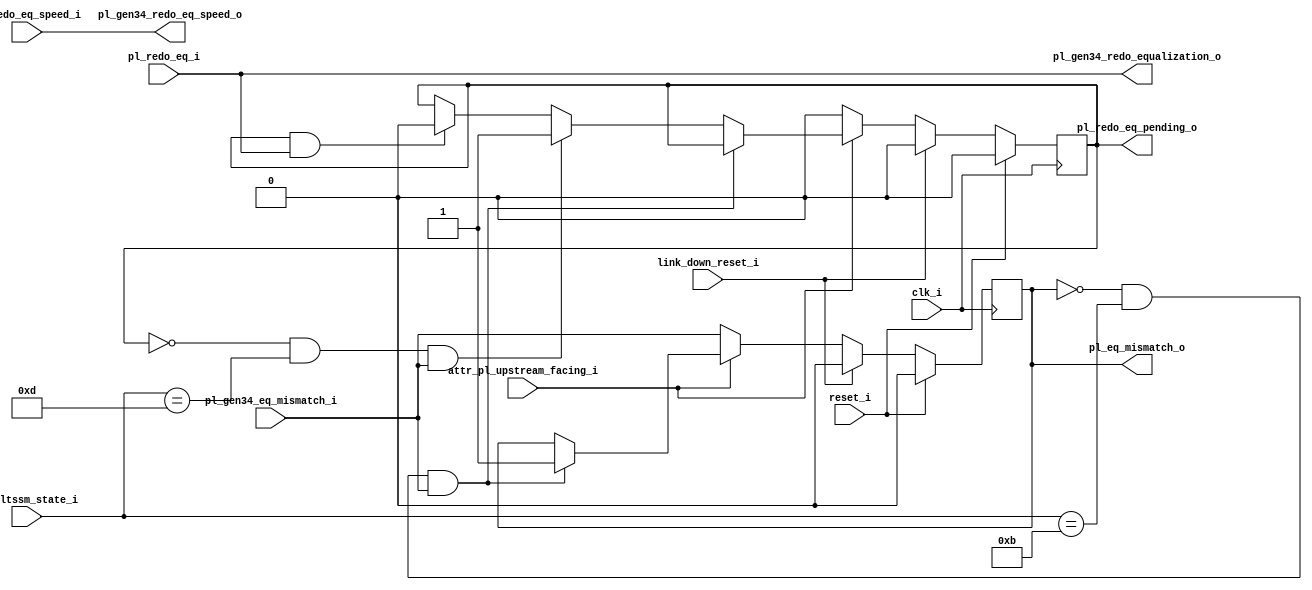

//-----------------------------------------------------------------------------
//
// (c) Copyright 2017-2019 Xilinx, Inc. All rights reserved.
//
// This file contains confidential and proprietary information
// of Xilinx, Inc. and is protected under U.S. and
// international copyright and other intellectual property
// laws.
//
// DISCLAIMER
// This disclaimer is not a license and does not grant any
// rights to the materials distributed herewith. Except as
// otherwise provided in a valid license issued to you by
// Xilinx, and to the maximum extent permitted by applicable
// law: (1) THESE MATERIALS ARE MADE AVAILABLE "AS IS" AND
// WITH ALL FAULTS, AND XILINX HEREBY DISCLAIMS ALL WARRANTIES
// AND CONDITIONS, EXPRESS, IMPLIED, OR STATUTORY, INCLUDING
// BUT NOT LIMITED TO WARRANTIES OF MERCHANTABILITY, NON-
// INFRINGEMENT, OR FITNESS FOR ANY PARTICULAR PURPOSE; and
// (2) Xilinx shall not be liable (whether in contract or tort,
// including negligence, or under any other theory of
// liability) for any loss or damage of any kind or nature
// related to, arising under or in connection with these
// materials, including for any direct, or any indirect,
// special, incidental, or consequential loss or damage
// (including loss of data, profits, goodwill, or any type of
// loss or damage suffered as a result of any action brought
// by a third party) even if such damage or loss was
// reasonably foreseeable or Xilinx had been advised of the
// possibility of the same.
//
// CRITICAL APPLICATIONS
// Xilinx products are not designed or intended to be fail-
// safe, or for use in any application requiring fail-safe
// performance, such as life-support or safety devices or
// systems, Class III medical devices, nuclear facilities,
// applications related to the deployment of airbags, or any
// other applications that could lead to death, personal
// injury, or severe property or environmental damage
// (individually and collectively, "Critical
// Applications"). Customer assumes the sole risk and
// liability of any use of Xilinx products in Critical
// Applications, subject only to applicable laws and
// regulations governing limitations on product liability.
//
// THIS COPYRIGHT NOTICE AND DISCLAIMER MUST BE RETAINED AS
// PART OF THIS FILE AT ALL TIMES.
//
//-----------------------------------------------------------------------------
//
// Project    : Versal PCI Express Integrated Block
// Version    : 1.0 
//-----------------------------------------------------------------------------
//--------------------------------------------------------------------------------------------------
`timescale 1ps/1ps

(* DowngradeIPIdentifiedWarnings = "yes" *)

module design_1_versal_cips_0_0_pl_eq_attr #
  (
    parameter             TCQ = 100
   ,parameter             IMPL_TARGET = "SOFT"
  ) (
   
    input  wire           clk_i
   ,input  wire           reset_i
   ,input  wire           link_down_reset_i

   ,input  wire [5:0]     cfg_ltssm_state_i
   ,input  wire           pl_redo_eq_i
   ,input  wire           pl_redo_eq_speed_i
   ,output reg            pl_eq_mismatch_o
   ,output reg            pl_redo_eq_pending_o
   
   ,output wire           pl_gen34_redo_equalization_o
   ,output wire           pl_gen34_redo_eq_speed_o
   ,input  wire           pl_gen34_eq_mismatch_i

   ,input  wire           attr_pl_upstream_facing_i

   );

   reg                    pl_eq_mismatch_usp_w;
   reg                    pl_redo_eq_pending_usp_w;
   reg                    pl_eq_mismatch_dsp_w;
   reg                    pl_redo_eq_pending_dsp_w;

  
  always @(*) begin

    pl_eq_mismatch_usp_w = pl_eq_mismatch_o;
    pl_redo_eq_pending_usp_w = pl_redo_eq_pending_o;
   
    if (!pl_eq_mismatch_o && (cfg_ltssm_state_i[5:0] == 6'h0B) && pl_gen34_eq_mismatch_i) begin
    
      pl_eq_mismatch_usp_w = 1'b1;
    
    end else if (!pl_redo_eq_pending_o && (cfg_ltssm_state_i[5:0] == 6'h0D) && pl_gen34_eq_mismatch_i) begin
    
      pl_redo_eq_pending_usp_w = 1'b1;
      
    end else if (pl_redo_eq_pending_o && pl_redo_eq_i) begin
    
      pl_redo_eq_pending_usp_w = 1'b0;
    
    end
    
  end

 
  always @(*) begin

    pl_eq_mismatch_dsp_w = pl_gen34_eq_mismatch_i;
    pl_redo_eq_pending_dsp_w = 1'b0;

  end

   
   always @(posedge clk_i) begin

     if (reset_i) begin

       pl_eq_mismatch_o <= #(TCQ) 1'b0;
       pl_redo_eq_pending_o <= #(TCQ) 1'b0;

     end else if (link_down_reset_i) begin   

       pl_eq_mismatch_o <= #(TCQ) 1'b0;
       pl_redo_eq_pending_o <= #(TCQ) 1'b0;

     end else begin
     
       pl_eq_mismatch_o <= #(TCQ) attr_pl_upstream_facing_i ? pl_eq_mismatch_usp_w : pl_eq_mismatch_dsp_w ;
       pl_redo_eq_pending_o <= #(TCQ) attr_pl_upstream_facing_i ? pl_redo_eq_pending_usp_w : pl_redo_eq_pending_dsp_w;

     end

   end

   assign pl_gen34_redo_equalization_o = pl_redo_eq_i;
   assign pl_gen34_redo_eq_speed_o = pl_redo_eq_speed_i;

endmodule // pcie_4_0_pl_eq_attr